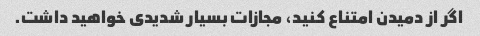
اگر از دمیدن امتناع کنید، مجازات بسیار شدیدی خواهید داشت.